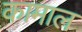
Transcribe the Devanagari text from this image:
कामाल